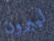
ليبرون